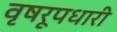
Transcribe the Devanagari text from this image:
वृषरूपधारी